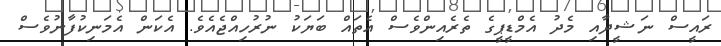
ރައީސް ނަޝީދާއި މެދު އެމްޑީޕީގެ ތެރެއިންވެސް އެތައް ބަޔަކު ނުރުހިއްޖެއެވެ. އެކަން އެމަނިކުފާނުވެސް